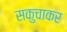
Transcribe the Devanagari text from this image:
सकुचाकर